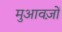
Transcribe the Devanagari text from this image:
मुआवज़ों